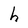
Character: h